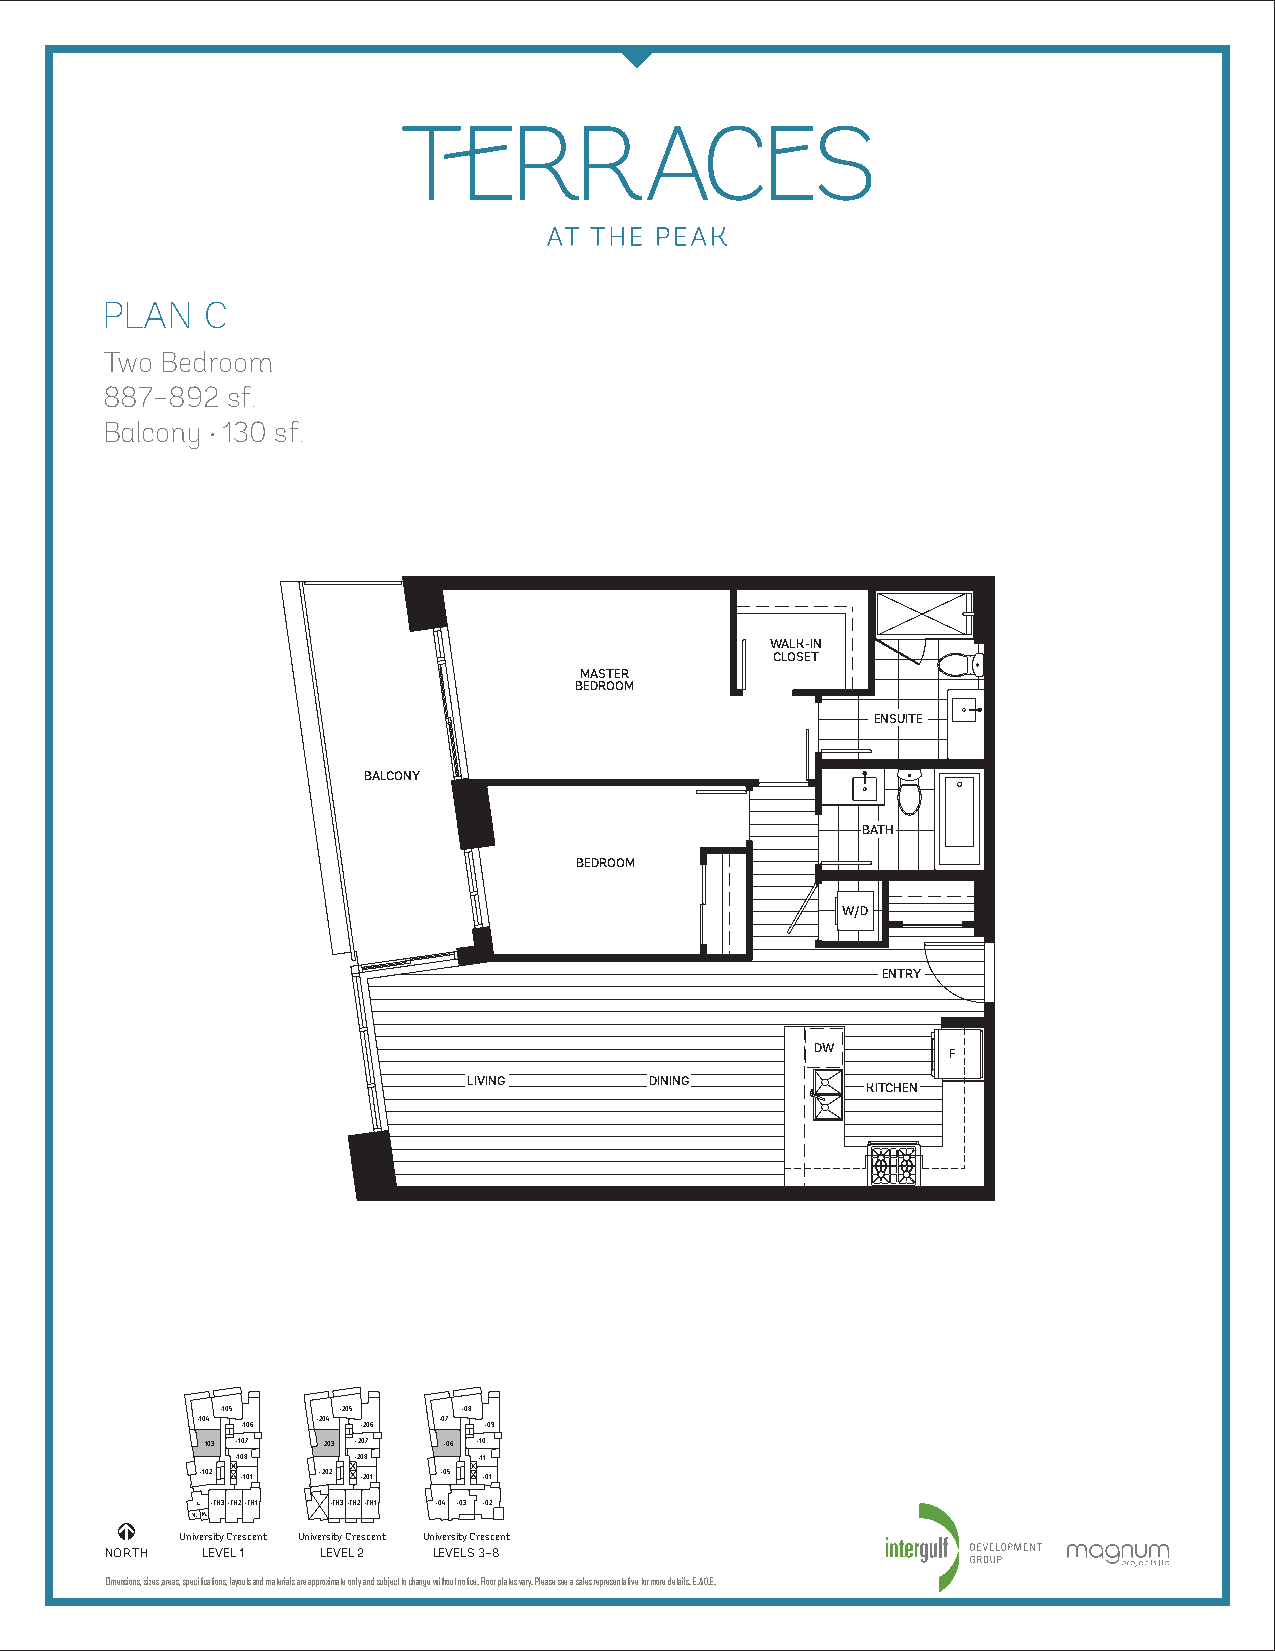
PLAN  C
 Two Bedroom
 887–892 sf.
 Balcony •130 sf.
 WALK-IN
 CLOSET
 MASTER
 BEDROOM
 ENSUITE
 BALCONY
 BATH
 BEDROOM
 W/D
 ENTRY
 DW       F
 LIVING      DINING
 KITCHEN
 –105   –205     –08
 –104    –204    –07
 –106    –206    –09
 -103 –107 -203 –207 –06 –10
 –108   –208     –11
 –102 –101 –202 –201 –05 –01
 L. –TH3–TH2–TH1 –TH3–TH2–TH1 –04 –03 –02
 V.M.
 University Crescent University Crescent University Crescent
 NORTH LEVEL 1 LEVEL 2 LEVELS 3–8
 Dimensions, sizes, areas, specifications, layouts and materials are approximate only and subject to change without notice. Floor plates vary. Please see a sales representative for more details. E.&O.E.